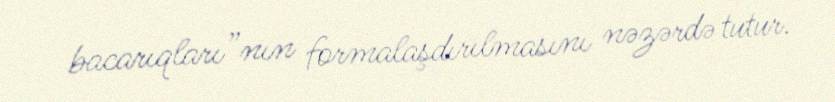
bacarıqları”nın formalaşdırılmasını nəzərdə tutur.